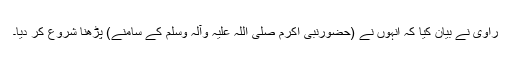
راوی نے بیان کیا کہ انہوں نے (حضورنبی اکرم صلی اللہ علیہ وآلہ وسلم کے سامنے) پڑھنا شروع کر دیا۔